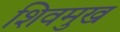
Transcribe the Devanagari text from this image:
शिवमुख